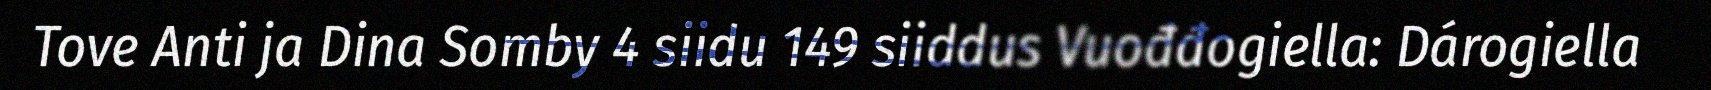
Tove Anti ja Dina Somby 4 siidu 149 siiddus Vuođđogiella: Dárogiella